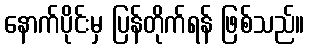
နောက်ပိုင်းမှ ပြန်တိုက်ရန် ဖြစ်သည်။